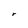
Character: r